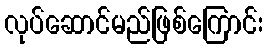
လုပ်ဆောင်မည်ဖြစ်ကြောင်း